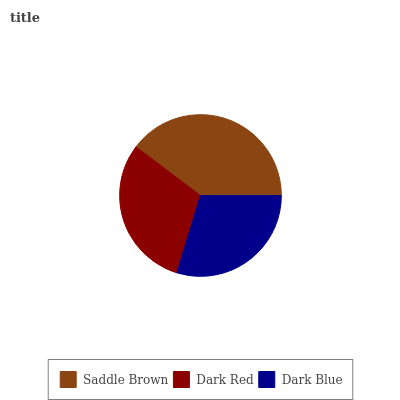
| Saddle Brown | Dark Red | Dark Blue |
 | --- | --- | --- |
 | 39.6% | 30.6% | 29.8% |